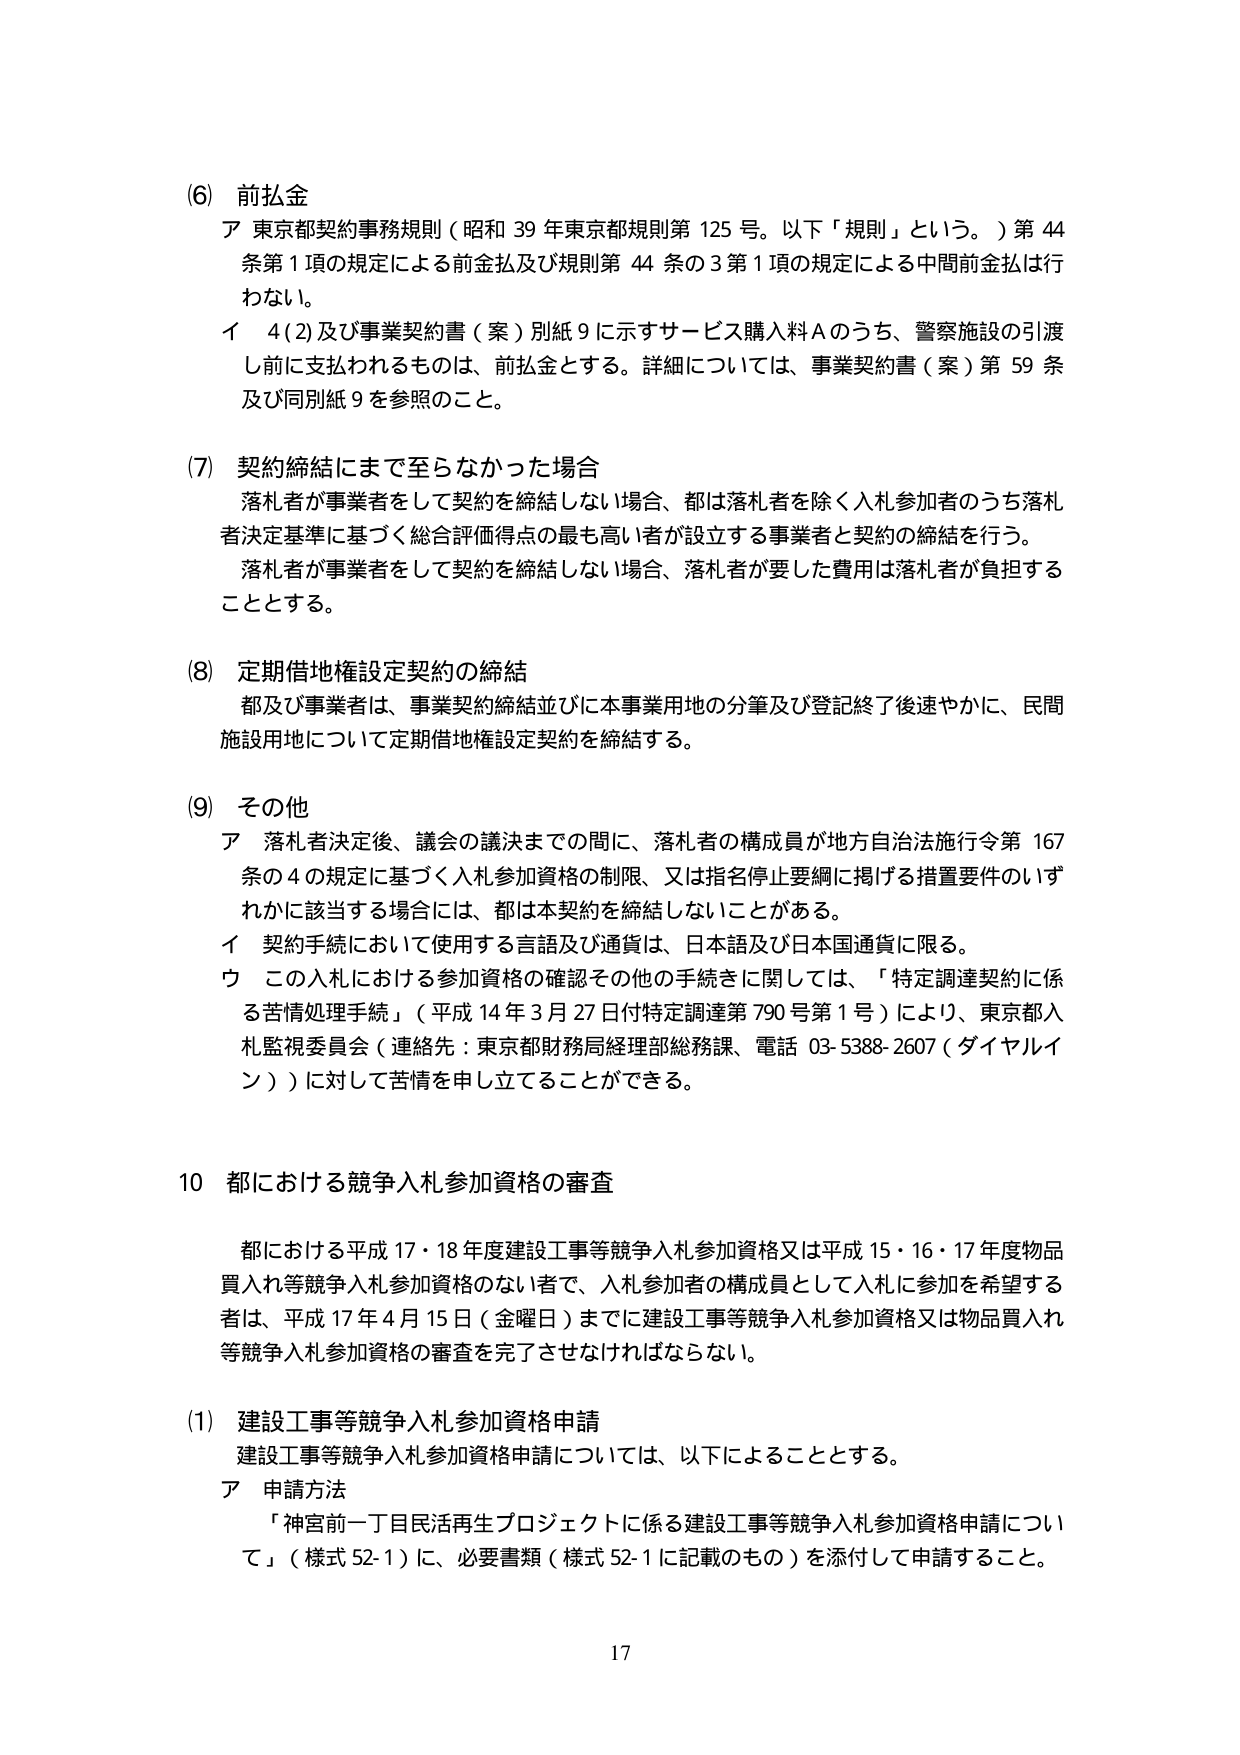
(6) 前払金
ア 東京都契約事務規則（昭和39年東京都規則第125号。以下「規則」という。）第44条第1項の規定による前金払及び規則第44条の3第1項の規定による中間前金払は行わない。
イ 4(2)及び事業契約書（案）別紙9に示すサービス購入料Aのうち、警察施設の引渡し前に支払われるものは、前払金とする。詳細については、事業契約書（案）第59条及び同別紙9を参照のこと。

(7) 契約締結にまで至らなかった場合
落札者が事業者をして契約を締結しない場合、都は落札者を除く入札参加者のうち落札者決定基準に基づく総合評価得点の最も高い者が設立する事業者と契約の締結を行う。
落札者が事業者をして契約を締結しない場合、落札者が要した費用は落札者が負担することとする。

(8) 定期借地権設定契約の締結
都及び事業者は、事業契約締結並びに本事業用地の分筆及び登記終了後速やかに、民間施設用地について定期借地権設定契約を締結する。

(9) その他
ア 落札者決定後、議会の議決までの間に、落札者の構成員が地方自治法施行令第167条の4の規定に基づく入札参加資格の制限、又は指名停止要綱に掲げる措置要件のいずれかに該当する場合には、都は本契約を締結しないことがある。
イ 契約手続において使用する言語及び通貨は、日本語及び日本国通貨に限る。
ウ この入札における参加資格の確認その他の手続きに関しては、「特定調達契約に係る苦情処理手続」（平成14年3月27日付特定調達第790号第1号）により、東京都入札監視委員会（連絡先：東京都財務局経理部総務課、電話 03-5388-2607（ダイヤルイン））に対して苦情を申し立てることができる。

10 都における競争入札参加資格の審査
都における平成17・18年度建設工事等競争入札参加資格又は平成15・16・17年度物品買入れ等競争入札参加資格のない者で、入札参加者の構成員として入札に参加を希望する者は、平成17年4月15日（金曜日）までに建設工事等競争入札参加資格又は物品買入れ等競争入札参加資格の審査を完了させなければならない。

(1) 建設工事等競争入札参加資格申請
建設工事等競争入札参加資格申請については、以下によることとする。
ア 申請方法
「神室前一丁目民活再生プロジェクトに係る建設工事等競争入札参加資格申請について」（様式52-1）に、必要書類（様式52-1に記載のもの）を添付して申請すること。

17